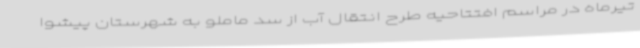
تیرماه در مراسم افتتاحیه طرح انتقال آب از سد ماملو به شهرستان پیشوا